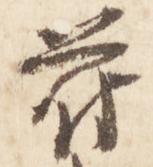
符